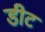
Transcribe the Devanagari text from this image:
डीट